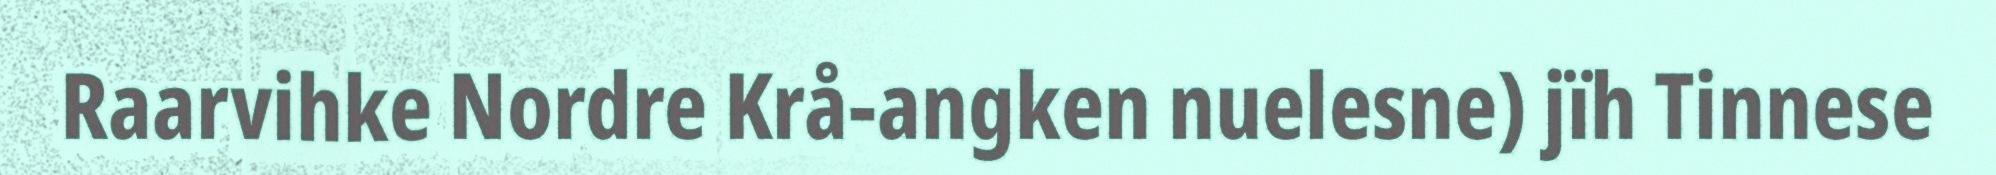
Raarvihke Nordre Krå-angken nuelesne) jïh Tinnese